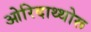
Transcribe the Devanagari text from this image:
ओरिदाथ्थोरू